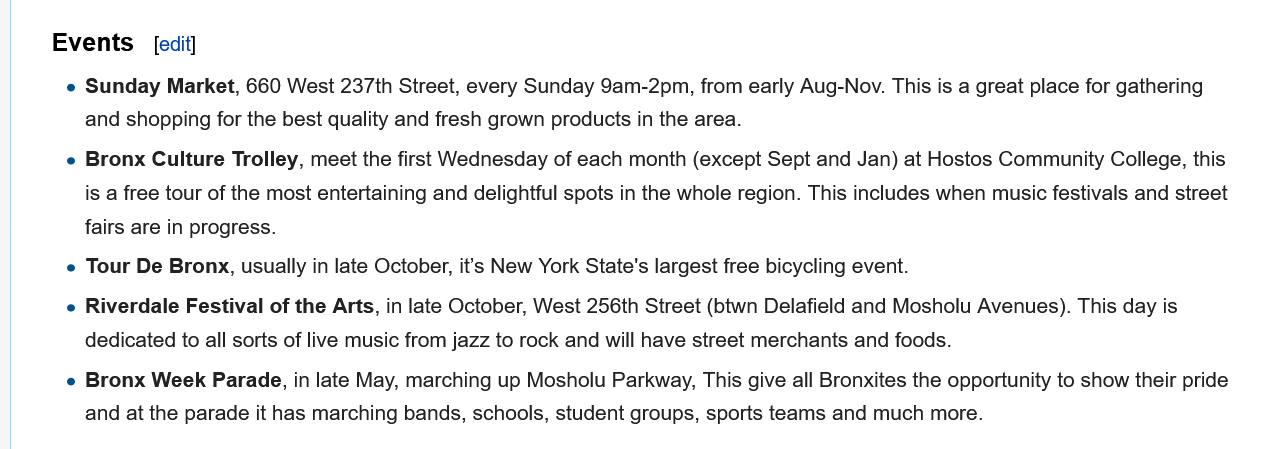
Events
     e Sunday Market, 660 West 237th Street, every Sunday 9am-2pm, from early Aug-Nov. This is a great place for gathering
     and shopping for the best quality and fresh grown products in the area.
     e Bronx Culture Trolley, meet the first Wednesday of each month (except Sept and Jan) at Hostos Community College, this
     is a free tour of the most entertaining and delightful spots in the whole region. This includes when music festivals and street
     fairs are in progress.
     e Tour De Bronx, usually in late October, it's New York State's largest free bicycling event.
     e Riverdale Festival of the Arts, in late October, West 256th Street (btwn Delafield and Mosholu Avenues). This day is
     dedicated to all sorts of live music from jazz to rock and will have street merchants and foods.
     e Bronx Week Parade, in late May, marching up Mosholu Parkway, This give all Bronxites the opportunity to show their pride
     and at the parade it has marching bands, schools, student groups, sports teams and much more.